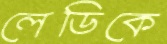
লেডিকে